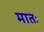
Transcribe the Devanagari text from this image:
मातः